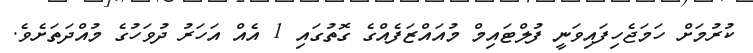
ކުރުމަށް ހަމަޖެހިފައިވަނީ ފުލްޓައިމް މުއައްޒަފެއްގެ ގޮތުގައި 1 އެއް އަހަރު ދުވަހުގެ މުއްދަތަށެވެ.